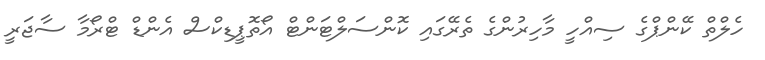
ހެލްތް ކޭންޕްގެ ސިއްހީ މާހިރުންގެ ތެރޭގައި ކޮންސަލްޓަންޓް އޯތޮޕީޑިކްސް އެންޑް ޓްރޯމާ ސާޖަރީ